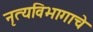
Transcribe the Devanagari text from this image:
नृत्यविभागाचे